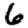
Digit: 6